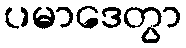
ပမာဒေတွာ